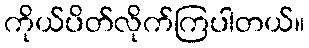
ကိုယ်ပိတ်လိုက်ကြပါတယ်။